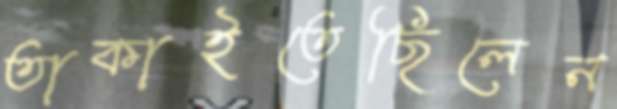
তাকাইতেছিলেন